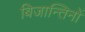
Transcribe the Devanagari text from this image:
बिजान्तिनों